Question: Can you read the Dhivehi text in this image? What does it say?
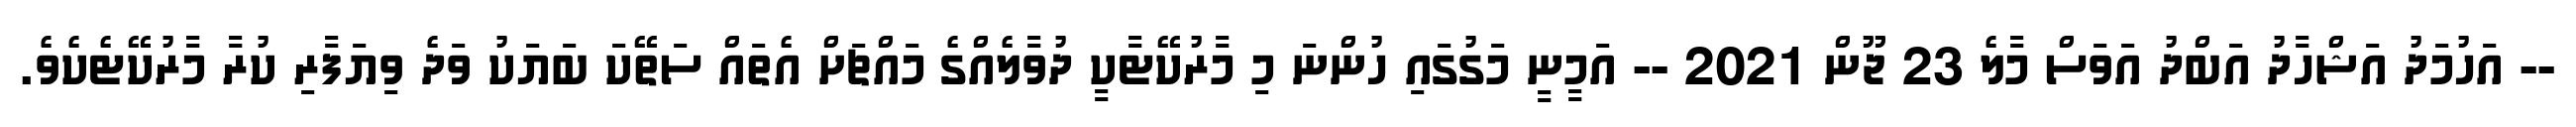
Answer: -- އަހުމަދު އަޝްހާދު އަބްދު އަވަސް މާލެ 23 ޖޫން 2021 -- އަމީނީ މަގުގައި ހުންނަ މި މާރުކޭޓާކީ ދުވާލެއްގެ މައްޗަށް އެތައް ސަތޭކަ ބަޔަކު ވަދެ ވިޔަފާރި ކުރާ މާރުކޭޓެކެވެ.